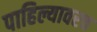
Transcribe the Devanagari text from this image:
पाहिल्यावरच